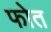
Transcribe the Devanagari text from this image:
फोत